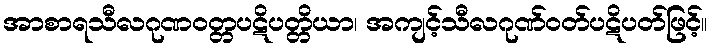
အာစာရသီလဂုဏဝတ္တပဋိပတ္တိယာ၊ အကျင့်သီလဂုဏ်ဝတ်ပဋိပတ်ဖြင့်။